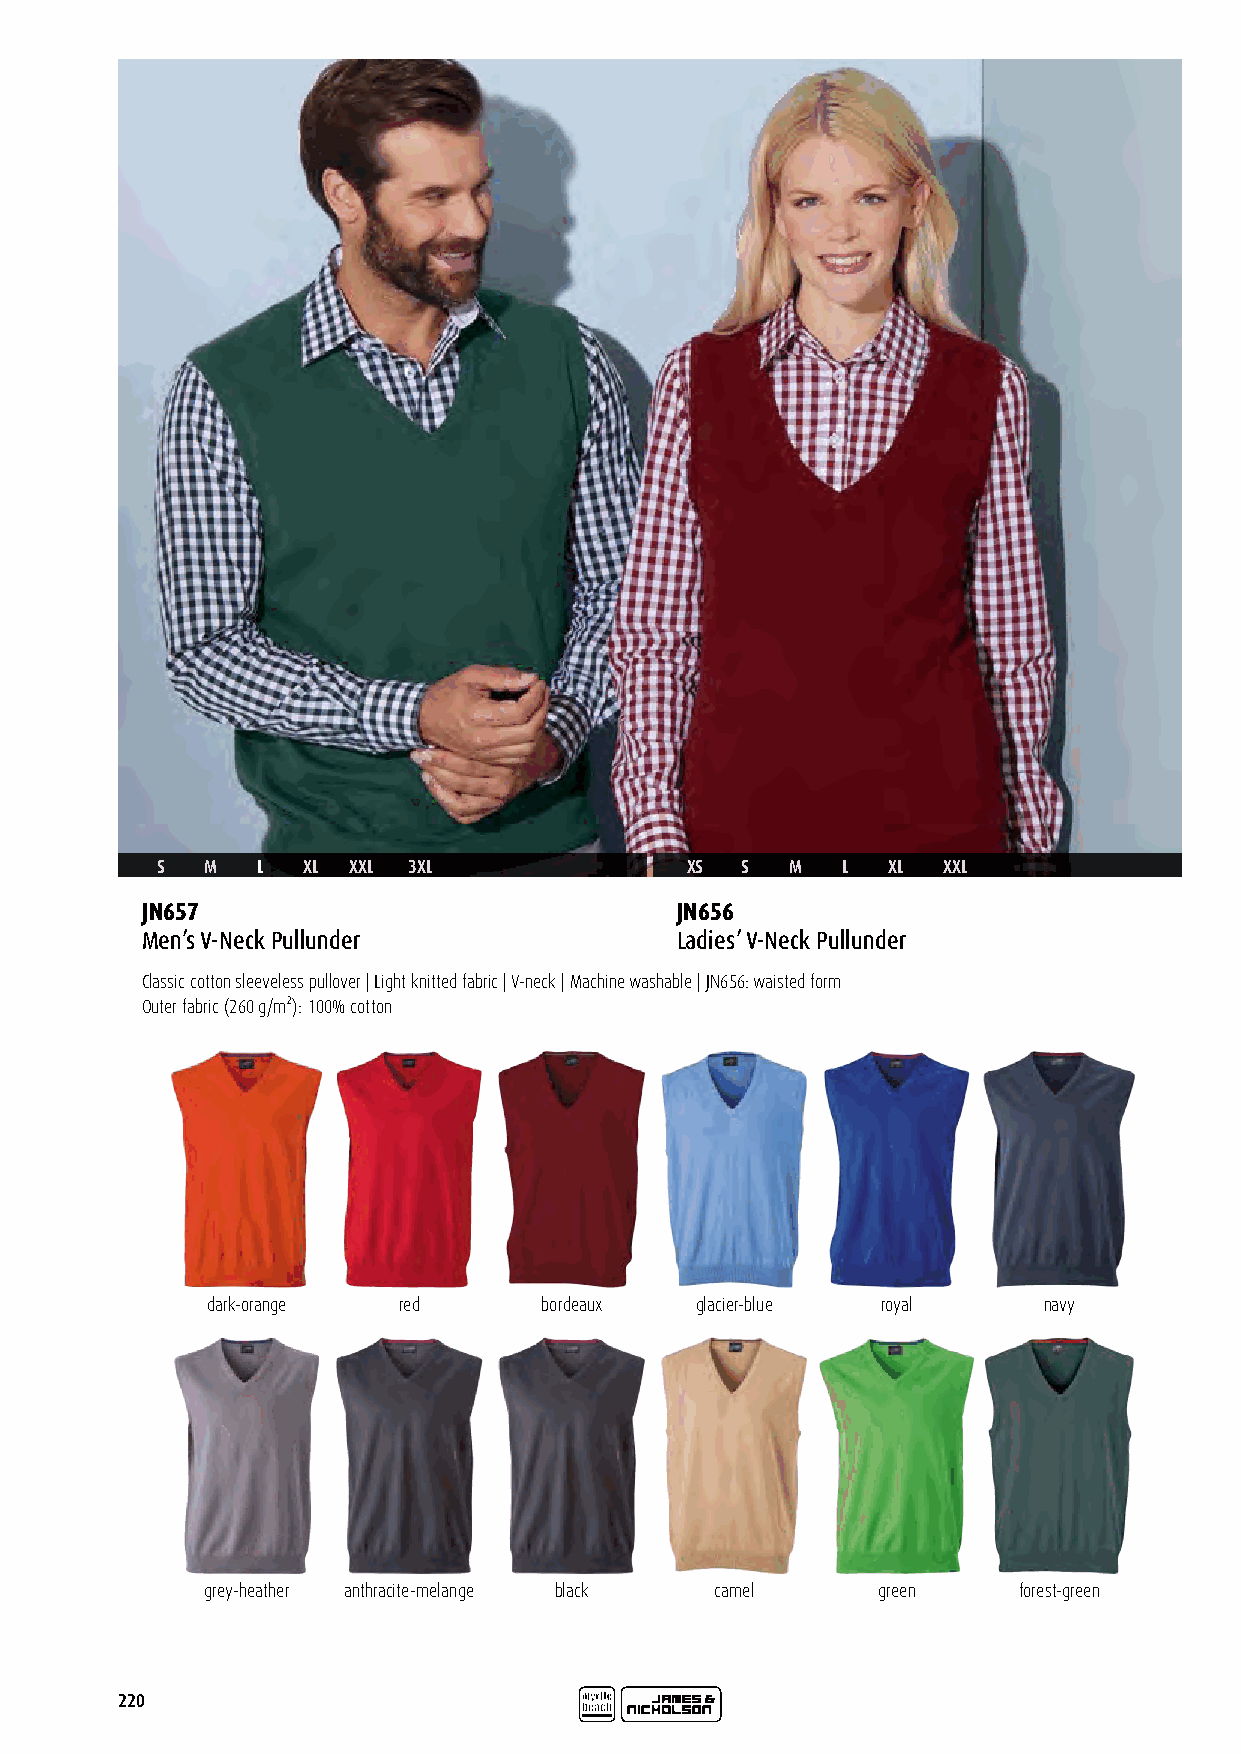
S   M  L  XL XXL 3XL               XS  S  M   L  XL XXL
 JN657                               JN656
 Men’s V-Neck Pullunder              Ladies’ V-Neck Pullunder
 Classic cotton sleeveless pullover | Light knitted fabric | V-neck | Machine washable | JN656: waisted form
 Outer fabric (260 g/m²): 100% cotton
 dark-orange red       bordeaux  glacier-blue royal     navy
 grey-heather anthracite-melange black camel  green    forest-green
 220